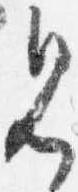
見